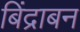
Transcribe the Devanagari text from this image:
बिंद्राबन